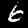
Label: 6